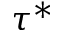
\tau ^ { * }